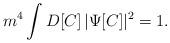
LaTeX: \begin{align*}m^4\int D[C]\,\vert\Psi[C]\vert^2=1.\end{align*}